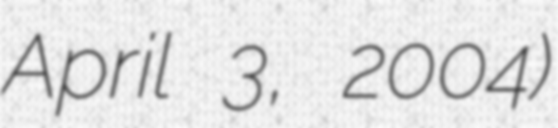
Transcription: April 3, 2004)